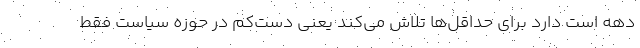
دهه است دارد برای حداقل‌ها تلاش می‌کند یعنی دست‌کم در حوزه سیاست فقط